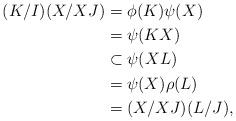
LaTeX: \begin{align*}(K/I)(X/XJ)&=\phi(K)\psi(X)\\&=\psi(KX)\\&\subset \psi(XL)\\&=\psi(X)\rho(L)\\&=(X/XJ)(L/J),\end{align*}